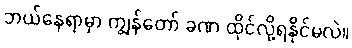
ဘယ်နေရာမှာ ကျွန်တော် ခဏ ထိုင်လို့ရနိုင်မလဲ။